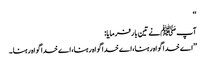
‘‘
آپ ﷺنے تین بار فرمایا:
’’اے خدا گواہ رہنا،اے خدا گواہ رہنا،اے خدا گواہ رہنا ۔